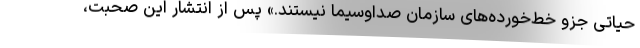
حیاتی جزو خط‌خورده‌های سازمان صداوسیما نیستند.» پس از انتشار این صحبت،